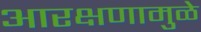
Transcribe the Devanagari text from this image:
आरक्षणामुळे